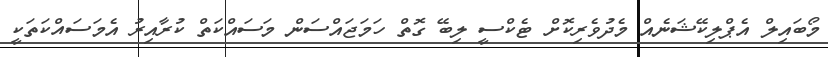
މޯބައިލް އެޕްލިކޭޝަނެއް މެދުވެރިކޮށް ޓެކްސީ ލިބޭ ގޮތް ހަމަޖައްސަން މަސައްކަތް ކުރާއިރު އެމަސައްކަތަކީ